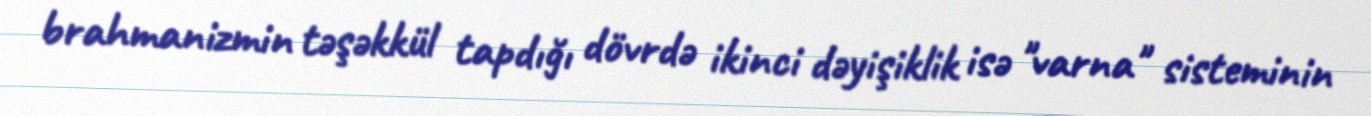
brahmanizmin təşəkkül tapdığı dövrdə ikinci dəyişiklik isə "varna" sisteminin